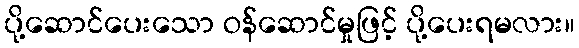
ပို့ဆောင်ပေးသော ဝန်ဆောင်မှုဖြင့် ပို့ပေးရမလား။